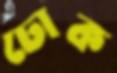
ঢোক